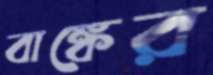
বাঙ্কের